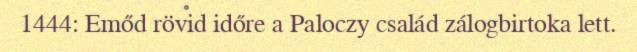
1444: Emőd rövid időre a Paloczy család zálogbirtoka lett.